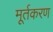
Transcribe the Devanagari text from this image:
मूर्तकरण